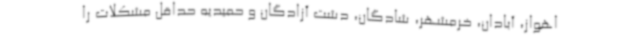
اهواز، آبادان، خرمشهر، شادگان، دشت آزادگان و حمیدیه حداقل مشکلات را